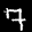
Label: 7